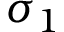
\sigma _ { 1 }